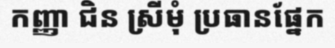
កញ្ញា ជិន ស្រីមុំ ប្រធានផ្នែក